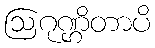
ဩဂုဏ္ဌိတာပိ